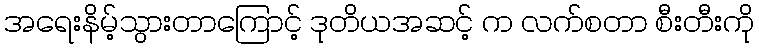
အရေးနိမ့်သွားတာကြောင့် ဒုတိယအဆင့် က လက်စတာ စီးတီးကို